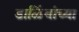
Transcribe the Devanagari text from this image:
डाळिंबांच्या